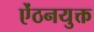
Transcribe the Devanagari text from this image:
ऐंठनयुक्त